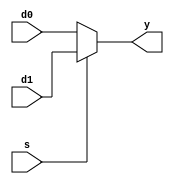
`timescale 1ns / 1ps

module mux2 #(parameter WIDTH = 8)(
	 input [WIDTH-1:0] d0, d1,
	 input s,
	 output [WIDTH-1:0] y
	 );

    assign y = s ? d1 : d0 ;

endmodule